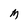
Character: M